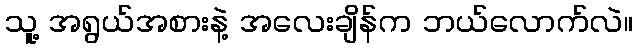
သူ့ အရွယ်အစားနဲ့ အလေးချိန်က ဘယ်လောက်လဲ။